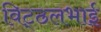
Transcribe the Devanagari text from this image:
विट्‍ठलभाई